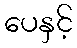
ပေနှင့်